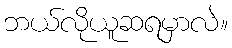
ဘယ်လိုယူဆရမှာလဲ။